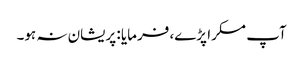
آپ مسکرا پڑے، فرمایا : پریشان نہ ہو۔